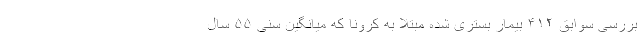
بررسی سوابق ۴۱۲ بیمار بستری شده مبتلا به کرونا که میانگین سنی ۵۵ سال